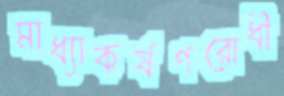
মাধ্যাকর্ষণরোধী